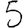
Digit: 5